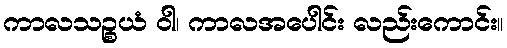
ကာလသဉ္စယံ ဝါ၊ ကာလအပေါင်း လည်းကောင်း။